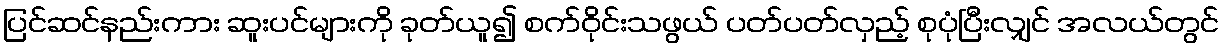
ပြင်ဆင်နည်းကား ဆူးပင်များကို ခုတ်ယူ၍ စက်ဝိုင်းသဖွယ် ပတ်ပတ်လှည့် စုပုံပြီးလျှင် အလယ်တွင်